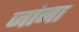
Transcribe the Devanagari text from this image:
जांना